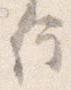
行